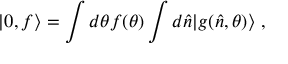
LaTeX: | 0 , f \rangle = \int d \theta f ( \theta ) \int d \hat { n } | g ( \hat { n } , \theta ) \rangle ~ ,